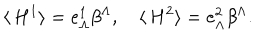
\langle \, H ^ { 1 } \rangle = e _ { \Lambda } ^ { 1 } \beta ^ { \Lambda } , \quad \langle \, H ^ { 2 } \rangle = e _ { \Lambda } ^ { 2 } \beta ^ { \Lambda } .